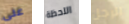
على اللحظة الرجل